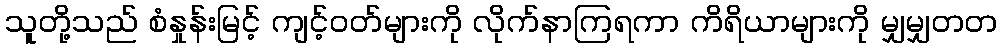
သူတို့သည် စံနှုန်းမြင့် ကျင့်ဝတ်များကို လိုက်နာကြရကာ ကိရိယာများကို မျှမျှတတ